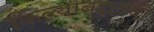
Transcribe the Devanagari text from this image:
किल्याबद्दलची